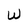
Character: W